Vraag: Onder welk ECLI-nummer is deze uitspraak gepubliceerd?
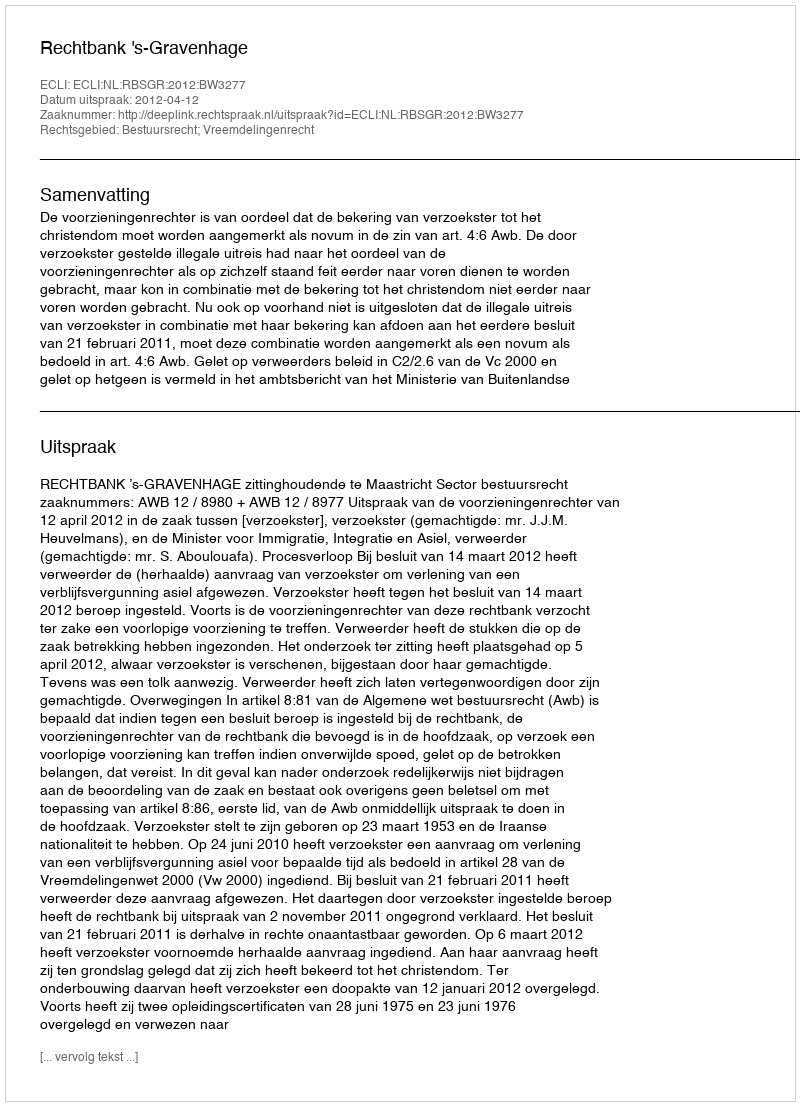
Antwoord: ECLI:NL:RBSGR:2012:BW3277